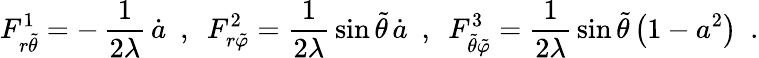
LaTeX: F_{r{\tilde{\theta}}}^{1}=-\, \frac{1}{2\lambda}\, {\dot{a}}~~,~~F_{r{\tilde{\varphi}}}^{2}=\frac{1}{2\lambda}\, {\sin{\widetilde{\theta}}\, {\dot{a}}}~~,~~F_{{\tilde{\theta}}{\tilde{\varphi}}}^{3}=\frac{1}{2\lambda}\, {\sin{\widetilde{\theta}}}\left(1-a^{2}\right)~~.